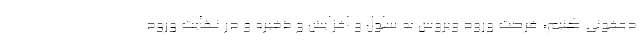
دعفونی کنیم، فرصت ورود ویروس به سلول و افزایش و ذخیره و در نهایت ورود